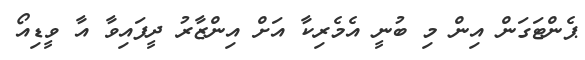
ޕެންޓަގަން އިން މި ބުނީ އެމެރިކާ އަށް އިންޒާރު ދީފައިވާ އާ ވީޑިއޯ